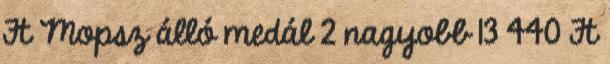
Ft Mopsz álló medál 2 nagyobb 13 440 Ft